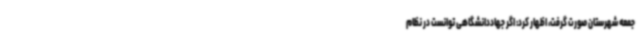
جمعه شهرستان صورت گرفت، اظهار کرد: اگر جهاددانشگاهی توانست در نظام